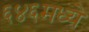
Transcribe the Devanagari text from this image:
६४६मध्ये